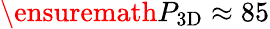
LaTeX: \ensuremath{P_{\mathrm{3D}}}\approx 85